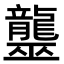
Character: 𪚠